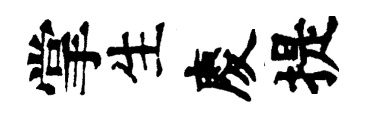
掌生慶提